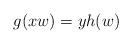
LaTeX: \begin{align*}g(xw)=yh(w)\end{align*}